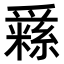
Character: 𤔳